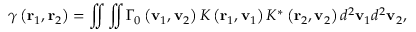
\gamma \left( { \bf { r } } _ { 1 } , { \bf { r } } _ { 2 } \right) = \iint { \iint { { { \Gamma } _ { 0 } } \left( { \bf { v } } _ { 1 } , { \bf { v } } _ { 2 } \right) K \left( { \bf { r } } _ { 1 } , { \bf { v } } _ { 1 } \right) { { K } ^ { * } } \left( { \bf { r } } _ { 2 } , { \bf { v } } _ { 2 } \right) { { d } ^ { 2 } } { { \bf { v } } _ { 1 } } } { { d } ^ { 2 } } { { \bf { v } } _ { 2 } } } ,